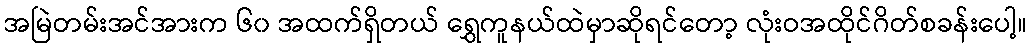
အမြဲတမ်းအင်အားက ၆၀ အထက်ရှိတယ် ရွှေကူနယ်ထဲမှာဆိုရင်တော့ လုံးဝအထိုင်ဂိတ်စခန်းပေါ့။